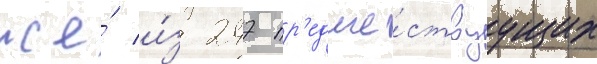
же́ и́з 247 пр'едше́ствуущих